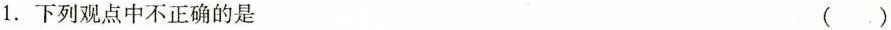
1.下列观点中不正确的是 ( )